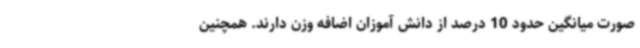
صورت میانگین حدود 10 درصد از دانش آموزان اضافه‌ وزن دارند. همچنین